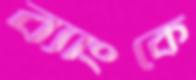
ব্যাংকে